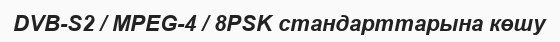
DVB-S2 / MPEG-4 / 8PSK стандарттарына көшу